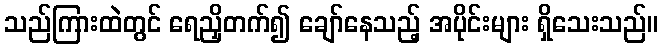
သည်ကြားထဲတွင် ရေညှိတက်၍ ချော်နေသည့် အပိုင်းများ ရှိသေးသည်။